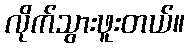
လိုက်သွားဖူးတယ်။